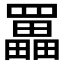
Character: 𦌵